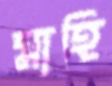
মাহি